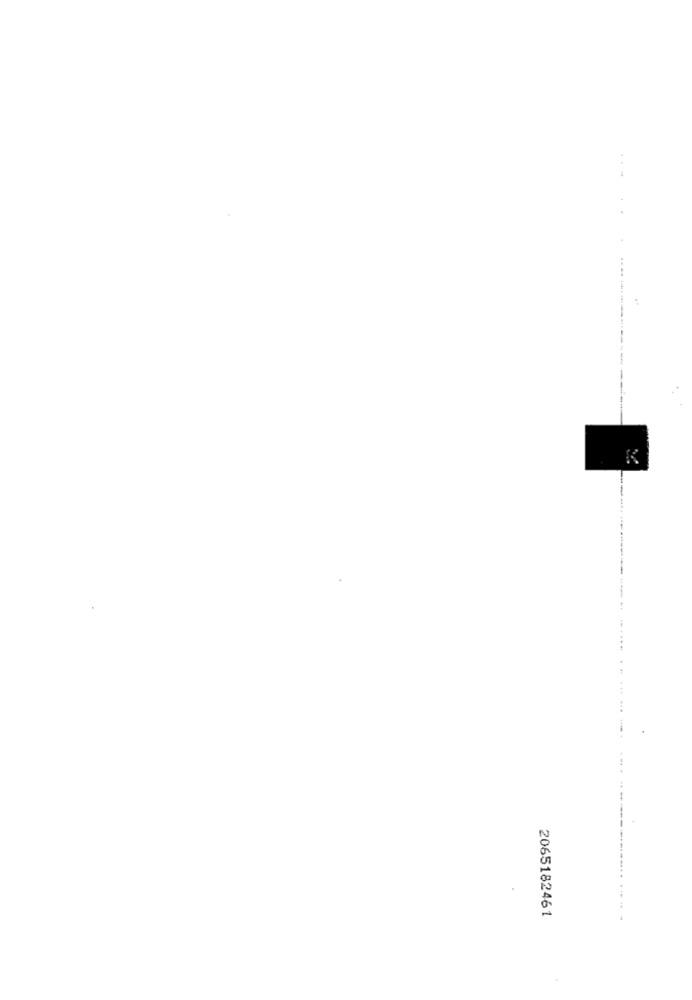
...
2065182461